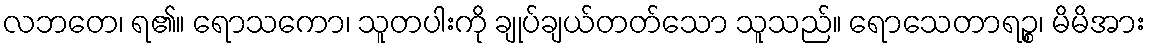
လဘတေ၊ ရ၏။ ရောသကော၊ သူတပါးကို ချုပ်ချယ်တတ်သော သူသည်။ ရောသေတာရဉ္စ၊ မိမိအား